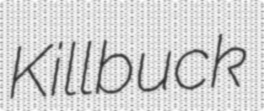
Killbuck